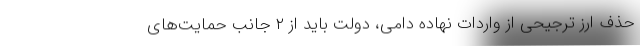
حذف ارز ترجیحی از واردات نهاده دامی، دولت باید از ۲ جانب حمایت‌های